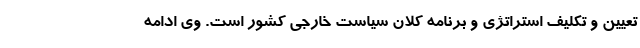
تعیین و تکلیف استراتژی و برنامه کلان سیاست خارجی کشور است. وی ادامه